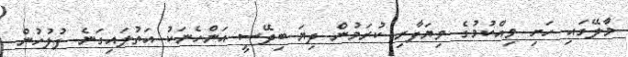
މާލޭގައި ހަށި ވިއްކުމުގެ ވިޔަފާރި ކުރަމުން ދިޔަ ބިދޭސީ އަންހެނަކު އަތުލައިގަނެ ފުލުހުން